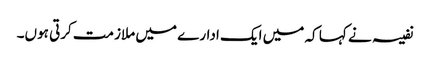
نفیسہ نے کہا کہ میں ایک ادارے میں ملازمت کرتی ہوں۔